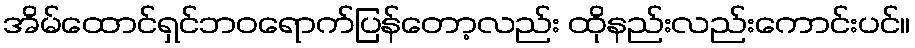
အိမ်ထောင်ရှင်ဘဝရောက်ပြန်တော့လည်း ထိုနည်းလည်းကောင်းပင်။